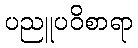
ပညူပဝိစာရာ